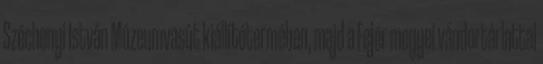
Széchenyi István Múzeumvasút kiállítótermében, majd a Fejér megyei vándortárlattal